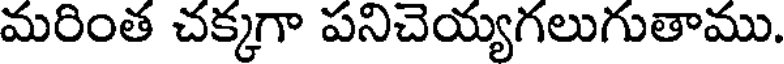
మరింత చక్కగా పనిచెయ్యగలుగుతాము.